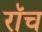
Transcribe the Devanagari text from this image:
रॉच